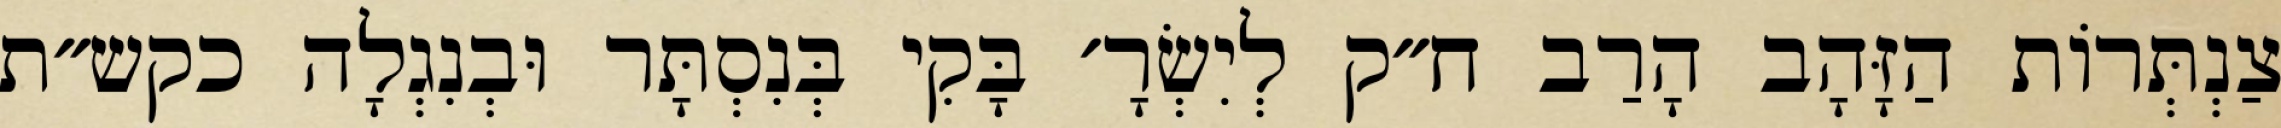
צַנְתְּרוֹת הַזָּהָב הָרַב ח״ק לְיִשְׂרָ׳ בָּקִי בְּנִסְתָּר וּבְנִגְלָה כקש״ת